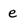
Character: e